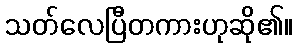
သတ်လေပြီတကားဟုဆို၏။